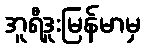
အူရီဒူးမြန်မာမှ